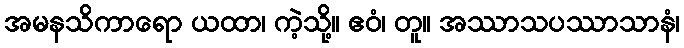
အမနသိကာရော ယထာ၊ ကဲ့သို့။ ဧဝံ၊ တူ။ အဿာသပဿာသာနံ၊